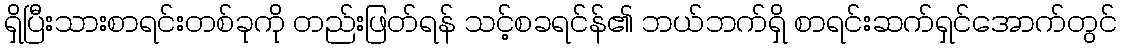
ရှိပြီးသားစာရင်းတစ်ခုကို တည်းဖြတ်ရန် သင့်စခရင်န်၏ ဘယ်ဘက်ရှိ စာရင်းဆက်ရှင်အောက်တွင်